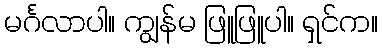
မင်္ဂလာပါ။ ကျွန်မ ဖြူဖြူပါ။ ရှင်က။